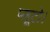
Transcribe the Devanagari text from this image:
प्लूटो।